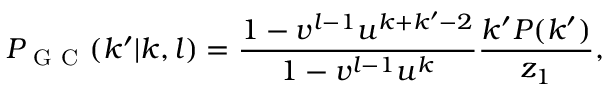
P _ { \mathrm { ~ G ~ C ~ } } ( k ^ { \prime } | k , l ) = \frac { 1 - v ^ { l - 1 } u ^ { k + k ^ { \prime } - 2 } } { 1 - v ^ { l - 1 } u ^ { k } } \frac { k ^ { \prime } P ( k ^ { \prime } ) } { z _ { 1 } } ,